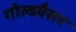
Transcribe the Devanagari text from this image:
गोल्डवैसर